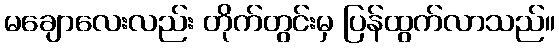
မချောလေးလည်း တိုက်တွင်းမှ ပြန်ထွက်လာသည်။